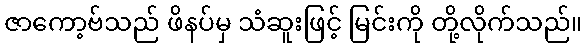
ဇာကော့ဗ်သည် ဖိနပ်မှ သံဆူးဖြင့် မြင်းကို တို့လိုက်သည်။